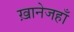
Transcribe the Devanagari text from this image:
ख़ानेजहाँ